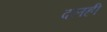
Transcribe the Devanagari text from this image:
दलही